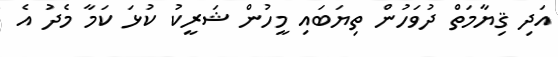
އަދި ޤިޔާމަތް ދުވަހުން ތިޔަބައި މީހުން ޝަރީކު ކުޅަ ކަމާ މެދު އެ